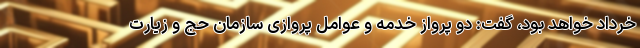
خرداد خواهد بود، گفت: دو پرواز خدمه و عوامل پروازی سازمان حج و زیارت